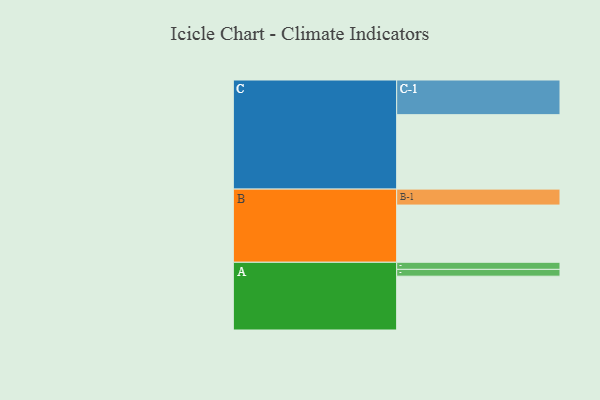
{"axis": {"x": "Segment", "y": "Value"}, "legend": ["", "A", "B", "C"], "data": [{"x": "A", "y": 425, "type": ""}, {"x": "B", "y": 452, "type": ""}, {"x": "C", "y": 588, "type": ""}, {"x": "A-1", "y": 56, "type": "A"}, {"x": "A-2", "y": 54, "type": "A"}, {"x": "B-1", "y": 126, "type": "B"}, {"x": "C-1", "y": 274, "type": "C"}]}